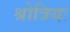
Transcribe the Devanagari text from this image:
श्रोत्रियः